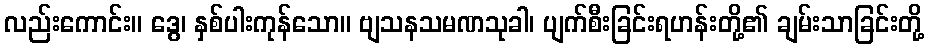
လည်းကောင်း။ ဒွေ၊ နှစ်ပါးကုန်သော။ ဗျသနသမဏသုခါ၊ ပျက်စီးခြင်းရဟန်းတို့၏ ချမ်းသာခြင်းတို့